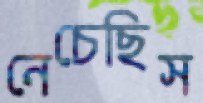
নেচেছিস